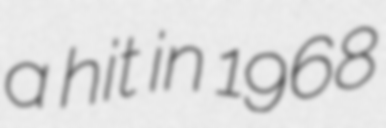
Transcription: a hit in 1968